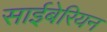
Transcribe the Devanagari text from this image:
साईबेरियन